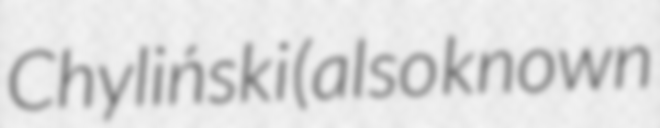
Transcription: Chyliński (also known